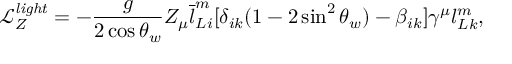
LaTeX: \mathcal { L } _ { Z } ^ { \mathit { l i g h t } } = - \frac { g } { 2 \cos \theta _ { w } } Z _ { \mu } \overline { { { l } } } _ { L i } ^ { m } [ \delta _ { i k } ( 1 - 2 \sin ^ { 2 } \theta _ { w } ) - \beta _ { i k } ] \gamma ^ { \mu } l _ { L k } ^ { m } ,